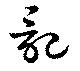
記